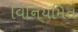
વિનિયમિત